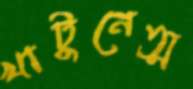
খাটুনেত্ম